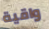
واقية